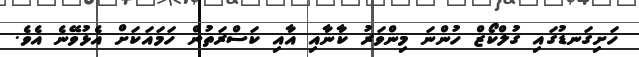
ހަށިގަނޑުގައި ގުލްކޯޒް ހުންނަ މިންވަރު ކާނާއި އާއި ކަސްރަތުން ހަމައަކަށް އެޅުވޭނެ އެވެ.